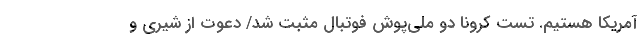
آمریکا هستیم. تست کرونا دو ملی‌پوش فوتبال مثبت شد/ دعوت از شیری و